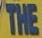
the